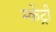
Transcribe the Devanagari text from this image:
म्केंट्री